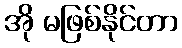
အို မဖြစ်နိုင်တာ